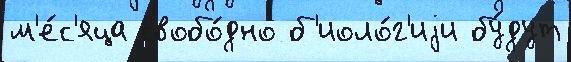
м'е́с'яца свобо́дно б'иоло́г'иjи бу́дут